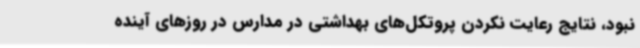
نبود، نتایج رعایت نکردن پروتکل‌های بهداشتی در مدارس در روزهای آینده